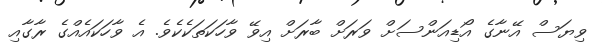
ވިޔަސް އޭނާގެ އޯޑިއަންސަށް ވަރަށް ބާރަށް އިވޭ ވާހަކަތަކެކެވެ. އެ ވާހަކައެއްގެ ރާގާއި